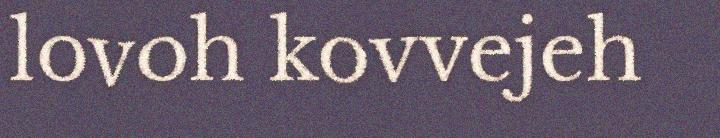
lovoh kovvejeh